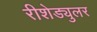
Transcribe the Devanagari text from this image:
रीशेड्युलर